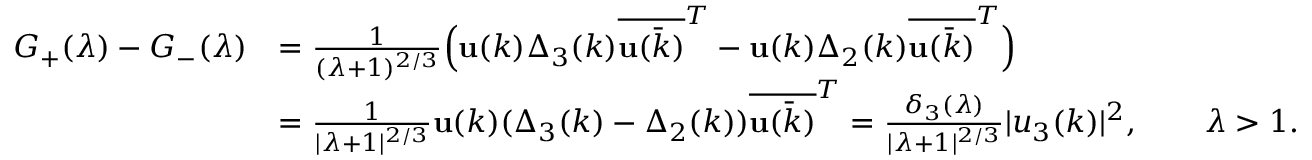
\begin{array} { r l } { G _ { + } ( \lambda ) - G _ { - } ( \lambda ) } & { = \frac { 1 } { ( \lambda + 1 ) ^ { 2 / 3 } } \Big ( \mathbf { u } ( k ) \Delta _ { 3 } ( k ) \overline { { \mathbf { u } ( \bar { k } ) } } ^ { T } - \mathbf { u } ( k ) \Delta _ { 2 } ( k ) \overline { { \mathbf { u } ( \bar { k } ) } } ^ { T } \Big ) } \\ & { = \frac { 1 } { | \lambda + 1 | ^ { 2 / 3 } } \mathbf { u } ( k ) ( \Delta _ { 3 } ( k ) - \Delta _ { 2 } ( k ) ) \overline { { \mathbf { u } ( \bar { k } ) } } ^ { T } = \frac { \delta _ { 3 } ( \lambda ) } { | \lambda + 1 | ^ { 2 / 3 } } | u _ { 3 } ( k ) | ^ { 2 } , \qquad \lambda > 1 . } \end{array}